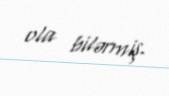
ola bilərmiş.